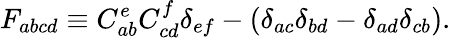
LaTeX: F_{abcd}\equiv C_{ab}^{e}C_{cd}^{f}\delta_{ef}-(\delta_{ac}\delta_{bd}-\delta_{ad}\delta_{cb}).